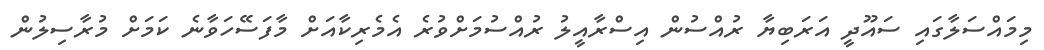
މިމައްސަލާގައި ސައޫދީ އަރަބިޔާ ރުއްސުން އިސްރާއީލު ރުއްސުމަށްވުރެ އެމެރިކާއަށް މާފަސޭހަވާނެ ކަމަށް މުރާސިލުން